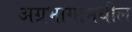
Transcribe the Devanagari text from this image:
अग्रभागामधील